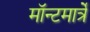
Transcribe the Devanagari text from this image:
मॉन्टमार्त्रे